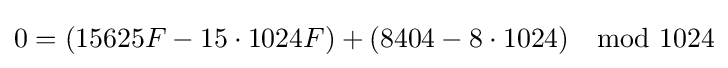
0=(15625F-15\cdot 1024F)+(8404-8\cdot 1024)\mod 1024